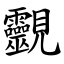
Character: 䚖